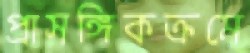
প্রাসঙ্গিকক্রমে